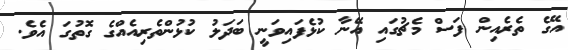
އޭގެ ތެރެއިން ފަސް މެޗުގައި އޭނާ ކުޅެފައިވަނީ ބަދަލު ކުޅުންތެރިއެއްގެ ގޮތުގަ އެވެ.